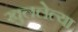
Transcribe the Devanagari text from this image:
खुललेल्या